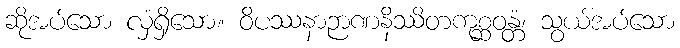
ဆိုအပ်သော လှံရှိသော။ ဝိပဿနာဉာဏနိဿိတကုစ္ဆဝန္တံ၊ သွယ်အပ်သော